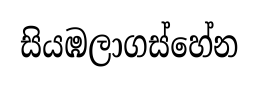
සියඹලාගස්හේන